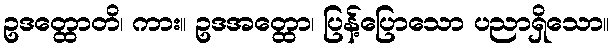
ဥဒတ္ထောတိ၊ ကား။ ဥဒအတ္ထော၊ ပြန့်ပြောသော ပညာရှိသော။